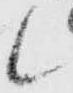
候